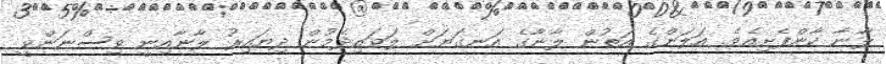
ލާނާ ކާންފެށިއެވެ. އަލަންގެ އަތުން ލާނާގެ އަނގަޔަށް ލަވައިދެމުން ދިޔައިރު ލާނާއިނީ ވިސްނަންވީ